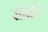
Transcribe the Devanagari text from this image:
सीमाऐ